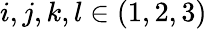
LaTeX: i,j,k,l\in(1,2,3)